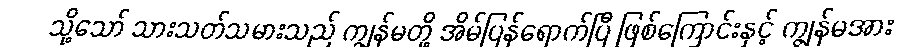
သို့သော် သားသတ်သမားသည် ကျွန်မတို့ အိမ်ပြန်ရောက်ပြီ ဖြစ်ကြောင်းနှင့် ကျွန်မအား